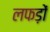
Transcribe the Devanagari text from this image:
लफड़ों